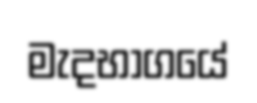
මැදභාගයේ